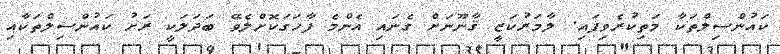
ކައުންސިލްތަކާ މަތިކުރެވިފައި. ލާމަރުކަޒީ ޤާނޫނަށް ގެނައި އެންމެ ފާހަގަކޮށްލެވޭ ބަދަލަކީ ރަށު ކައުންސިލްތަކާއި